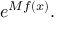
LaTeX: e ^ { M f ( x ) } .